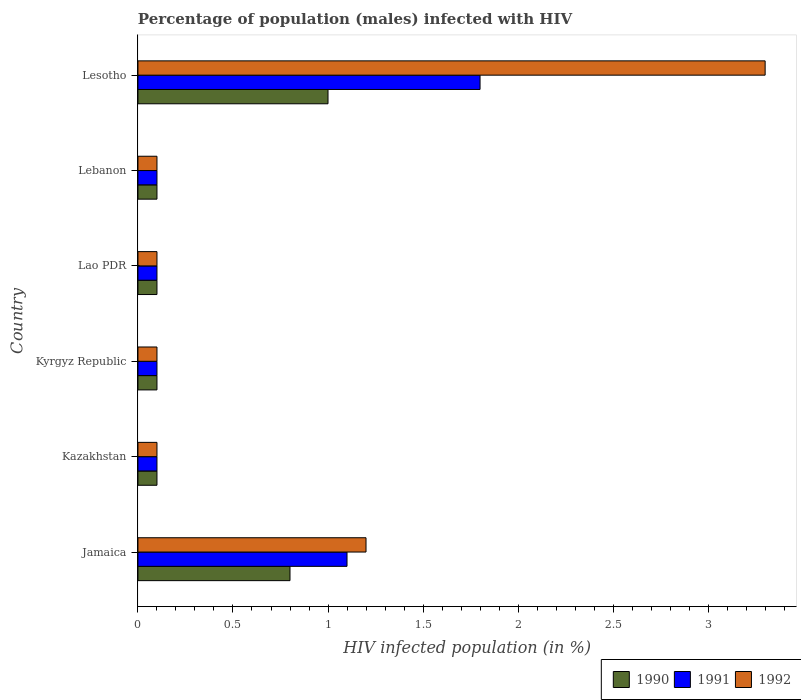
| Country | 1990 | 1991 | 1992 |
 | --- | --- | --- | --- |
 | Jamaica | 0.8 | 1.1 | 1.2 |
 | Kazakhstan | 0.1 | 0.1 | 0.1 |
 | Kyrgyz Republic | 0.1 | 0.1 | 0.1 |
 | Lao PDR | 0.1 | 0.1 | 0.1 |
 | Lebanon | 0.1 | 0.1 | 0.1 |
 | Lesotho | 1 | 1.8 | 3.3 |